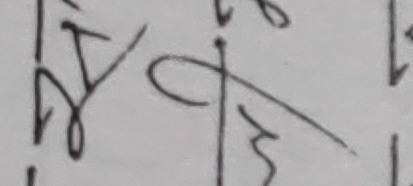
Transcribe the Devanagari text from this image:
पनी